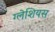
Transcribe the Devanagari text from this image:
ग्लेशियस